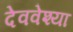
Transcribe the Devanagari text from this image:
देववेश्या